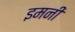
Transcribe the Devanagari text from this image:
इमनी